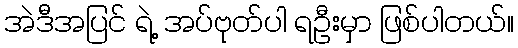
အဲဒီအပြင် ရဲ့ အပ်ဗုတ်ပါ ရဦးမှာ ဖြစ်ပါတယ်။